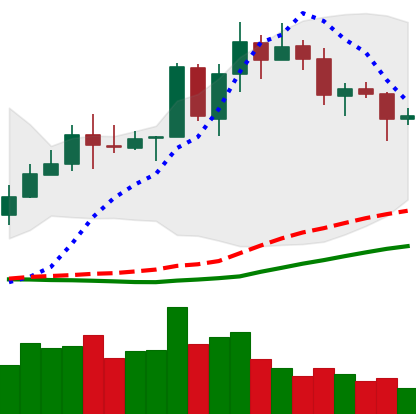
Ticker: TRX-USD
Chart end date: 2020-07-17
Forward return: 4.481%
Label: up_3_5